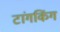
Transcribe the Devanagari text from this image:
टांगकिंग